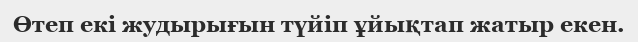
Өтеп екi жудырығын түйiп ұйықтап жатыр екен.